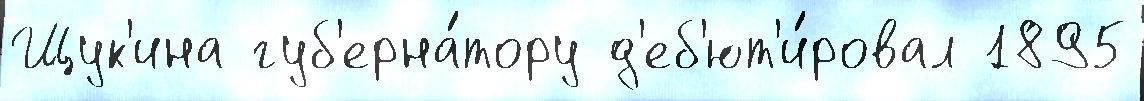
Щук'ина губ'ерна́тору д'еб'ют'и́ровал 1895